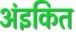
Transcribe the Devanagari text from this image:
अंइकित